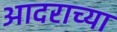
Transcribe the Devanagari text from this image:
आदराच्या